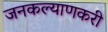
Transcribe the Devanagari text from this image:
जनकल्याणकरी